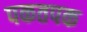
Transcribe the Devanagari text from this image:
पकतपक